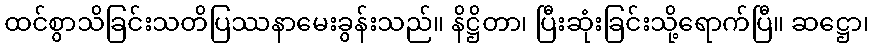
ထင်စွာသိခြင်းသတိပြဿနာမေးခွန်းသည်။ နိဋ္ဌိတာ၊ ပြီးဆုံးခြင်းသို့ရောက်ပြီ။ ဆဋ္ဌော၊